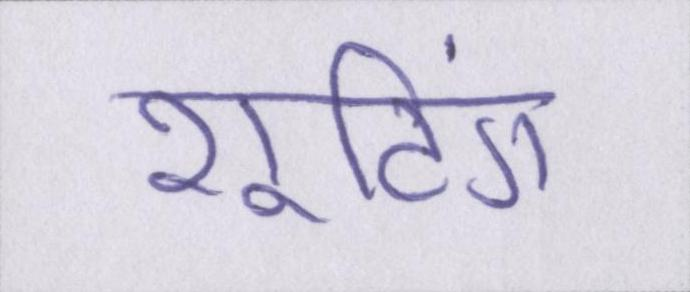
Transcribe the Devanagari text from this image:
शूटिंग